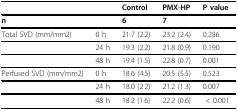
<table><thead><tr><td></td><td></td><td><b>Control</b></td><td><b>PMX-HP</b></td><td><b>P value</b></td></tr><tr><td><b>n</b></td><td></td><td><b>6</b></td><td><b>7</b></td><td></td></tr></thead><tbody><tr><td>Total SVD (mm/mm2)</td><td>0 h</td><td>21.7 (2.2)</td><td>23.2 (2.4)</td><td>0.286</td></tr><tr><td></td><td>24 h</td><td>19.3 (2.2)</td><td>21.8 (0.9)</td><td>0.190</td></tr><tr><td></td><td>48 h</td><td>19.4 (1.5)</td><td>22.8 (0.7)</td><td>0.001</td></tr><tr><td>Perfused SVD (mm/mm2)</td><td>0 h</td><td>18.6 (4.5)</td><td>20.5 (5.5)</td><td>0.523</td></tr><tr><td></td><td>24 h</td><td>18.0 (2.2)</td><td>21.2 (1.3)</td><td>0.007</td></tr><tr><td></td><td>48 h</td><td>18.2 (1.6)</td><td>22.2 (0.6)</td><td>&lt; 0.001</td></tr></tbody></table>